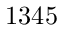
1 3 4 5